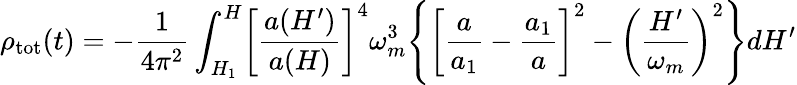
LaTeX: \rho_{\mathrm{tot}}(t)=-\frac{1}{4\pi^{2}}\int_{H_{1}}^{H}\biggl[\frac{a(H^{\prime})}{a(H)}\biggr]^{4}\omega_{m}^{3}\Biggl\{ \biggl[\frac{a}{a_{1}}-\frac{a_{1}}{a}\biggr]^{2}-\biggl(\frac{H^{\prime}}{\omega_{m}}\biggr)^{2}\Biggr\} dH^{\prime}